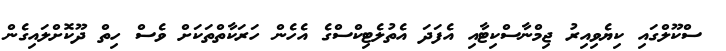
ސްކޫލްގައި ކިޔެވިއިރު ޖިމްނާސްކިޓާއި އެފަދަ އެތުލެޓިކްސްގެ އެހެން ހަރަކާތްތަކަށް ވެސް ހިތް ދޫކޮށްލައިގެން